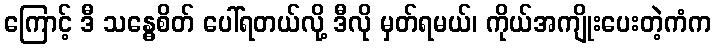
ကြောင့် ဒီ သန္ဓေစိတ် ပေါ်ရတယ်လို့ ဒီလို မှတ်ရမယ်၊ ကိုယ်အကျိုးပေးတဲ့ကံက